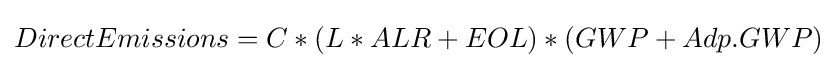
DirectEmissions=C*(L*ALR+EOL)*(GWP+Adp.GWP)